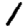
Digit: 1